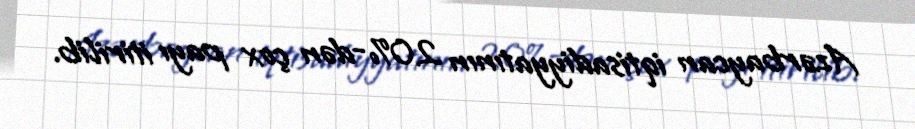
Azərbaycan iqtisadiyyatının 20%-dən çox payı itirilib.